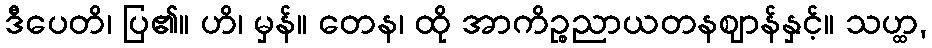
ဒီပေတိ၊ ပြ၏။ ဟိ၊ မှန်။ တေန၊ ထို အာကိဉ္စညာယတနဈာန်နှင့်။ သဟ္ထ,